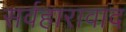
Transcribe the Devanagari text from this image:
सर्वहारावाद